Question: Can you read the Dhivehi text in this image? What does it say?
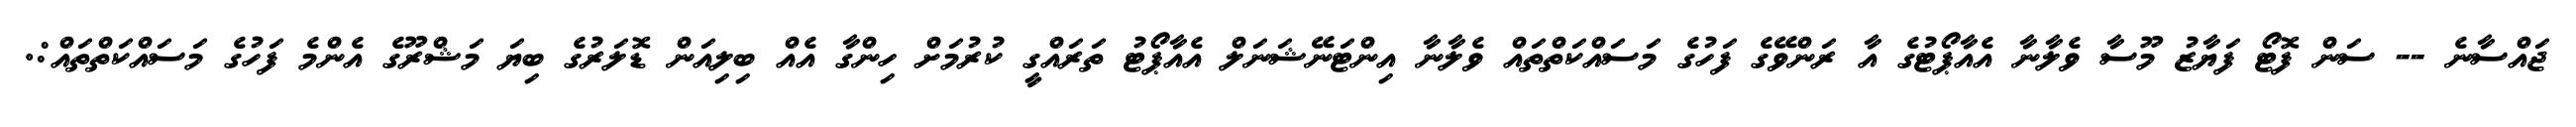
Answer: ޖައްސާނެ -- ސަން ފޮޓޯ ފަޔާޒު މޫސާ ވެލާނާ އެއާޕޯޓުގެ އާ ރަންވޭގެ ފަހުގެ މަސައްކަތްތައް ވެލާނާ އިންޓަނޭޝަނަލް އެއާޕޯޓު ތަރައްގީ ކުރުމަށް ހިންގާ އެއް ބިލިއަން ޑޮލަރުގެ ބިޔަ މަޝްރޫގެ އެންމެ ފަހުގެ މަސައްކަތްތައް:.